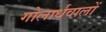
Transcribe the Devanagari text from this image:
गोलार्धवालों